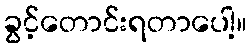
ခွင့်တောင်းရတာပေါ့။